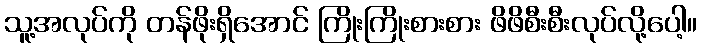
သူ့အလုပ်ကို တန်ဖိုးရှိအောင် ကြိုးကြိုးစားစား ဖိဖိစီးစီးလုပ်လို့ပေါ့။